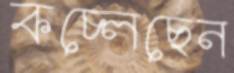
কচ্‌লেছেন